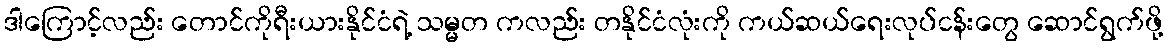
ဒါကြောင့်လည်း တောင်ကိုရီးယားနိုင်ငံရဲ့ သမ္မတ ကလည်း တနိုင်ငံလုံးကို ကယ်ဆယ်ရေးလုပ်ငန်းတွေ ဆောင်ရွက်ဖို့